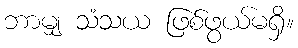
ဘာမျှ သံသယ ဖြစ်ဖွယ်မရှိ။